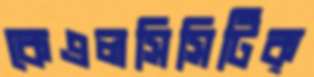
কেএলসিসিটিক্